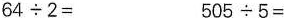
$$64\div 2=$$ $$505\div 5=$$